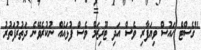
"ގެސްޓް ހައުސް ވިޔަފާރި ވެސް އަދި ޓޫރިޒަމް ވެސް ފުޅައެއް ނުކުރެވޭނެ ދަތުރުފަތުރު